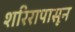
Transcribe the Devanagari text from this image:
शरिरापासून